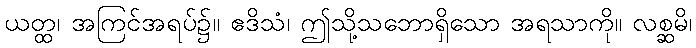
ယတ္ထ၊ အကြင်အရပ်၌။ ဧဒိသံ၊ ဤသို့သဘောရှိသော အရသာကို။ လစ္ဆမိ၊